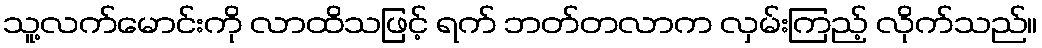
သူ့လက်မောင်းကို လာထိသဖြင့် ရက် ဘတ်တလာက လှမ်းကြည့် လိုက်သည်။